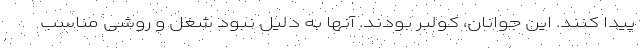
پیدا کنند. این جوانان، کولبر بودند. آنها به دلیل نبود شغل و روشی مناسب